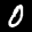
Label: 0